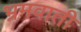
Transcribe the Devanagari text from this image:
भ्रमवाती